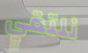
نلتقي